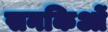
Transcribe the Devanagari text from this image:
सनकिओं